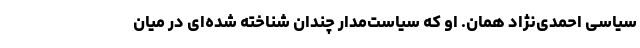
سیاسی احمدی‌نژاد همان. او که سیاست‌مدار چندان شناخته شده‌ای در میان